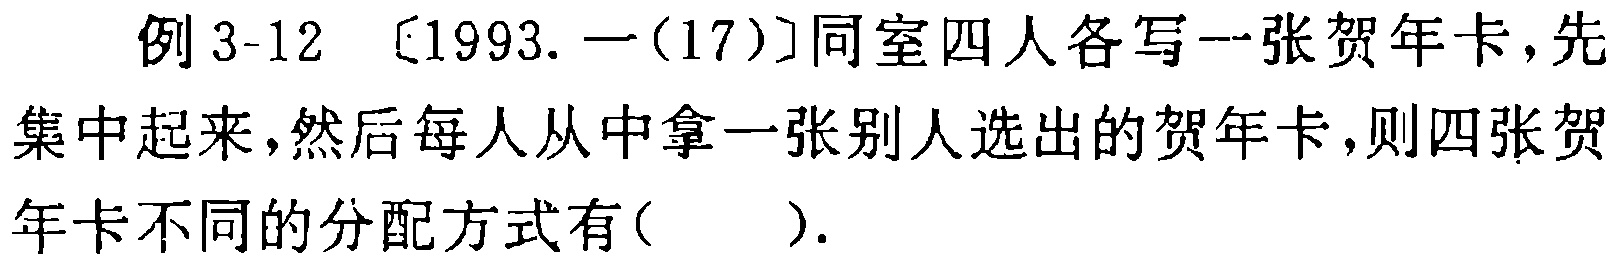
例 3-12 [1993. 一(17)]同室四人各写一张贺年卡，先集中起来，然后每人从中拿一张别人选出的贺年卡，则四张贺年卡不同的分配方式有( ).